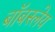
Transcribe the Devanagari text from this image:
बॉबस्लेय